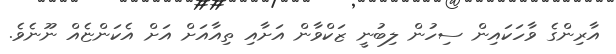
އާރިންގެ ވާހަކައިން ސިހުން ލިބުނީ ޒަކްވާން އަށާއި ތިއާއަށް އަށް އެކަންޏެއް ނޫނެވެ.